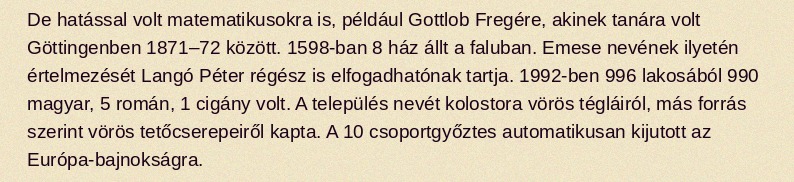
De hatással volt matematikusokra is, például Gottlob Fregére, akinek tanára volt Göttingenben 1871–72 között. 1598-ban 8 ház állt a faluban. Emese nevének ilyetén értelmezését Langó Péter régész is elfogadhatónak tartja. 1992-ben 996 lakosából 990 magyar, 5 román, 1 cigány volt. A település nevét kolostora vörös tégláiról, más forrás szerint vörös tetőcserepeiről kapta. A 10 csoportgyőztes automatikusan kijutott az Európa-bajnokságra.